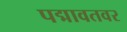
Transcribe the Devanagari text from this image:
पद्मावतवर